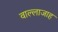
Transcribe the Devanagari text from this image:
वाल्लाजाह